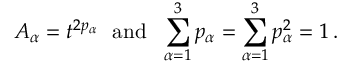
A _ { \alpha } = t ^ { 2 p _ { \alpha } } ~ ~ \mathrm { a n d } ~ ~ \sum _ { \alpha = 1 } ^ { 3 } p _ { \alpha } = \sum _ { \alpha = 1 } ^ { 3 } p _ { \alpha } ^ { 2 } = 1 \, .